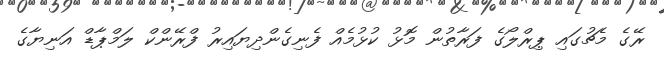
ރޭގެ މެޗުގައި ޕިރްލޯގެ ފަރާތުން މޮޅު ކުޅުމެއް ފެނިގެންދިޔައިރު ފްރޭންކް ލަމްޕާޑް އަނިޔާގެ